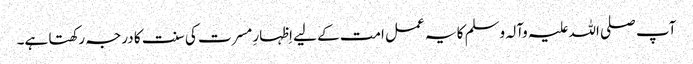
آپ صلی اللہ علیہ وآلہ وسلم کا یہ عمل امت کے لیے اِظہارِ مسرت کی سنت کا درجہ رکھتا ہے۔